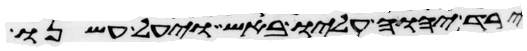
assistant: ירד יהוה עליו באש ויעל עשנו